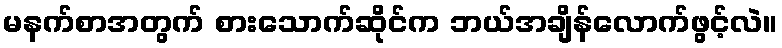
မနက်စာအတွက် စားသောက်ဆိုင်က ဘယ်အချိန်လောက်ဖွင့်လဲ။